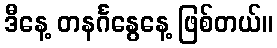
ဒီနေ့ တနင်္ဂနွေနေ့ ဖြစ်တယ်။